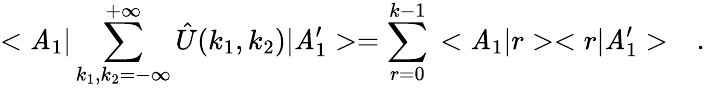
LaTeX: <\mathit{A}_{1}|\sum_{k_{1},k_{2}=-\infty}^{+\infty}\hat{{U}}(k_{1},k_{2})|\mathit{A}_{1}^{\prime}>=\sum_{r=0}^{k-1}\, <\mathit{A}_{1}|r><r|\mathit{A}_{1}^{\prime}>\ \ \ .